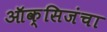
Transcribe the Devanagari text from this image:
ऑक्सिजंचा